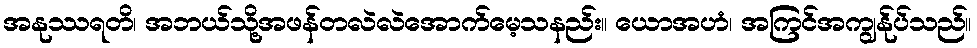
အနုဿရတိ၊ အဘယ်သို့အဖန်တလဲလဲအောက်မေ့သနည်း။ ယောအဟံ၊ အကြင်အကျွန်ုပ်သည်။